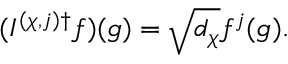
( I ^ { ( \chi , j ) \dagger } f ) ( g ) = \sqrt { d _ { \chi } } f ^ { j } ( g ) .